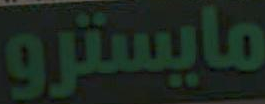
مايسترو